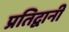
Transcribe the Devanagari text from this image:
प्रतिद्वानी